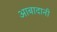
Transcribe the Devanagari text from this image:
आबादानी